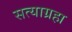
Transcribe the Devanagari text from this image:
सत्याग्रहा